Leaving Certificate Examination, 1910
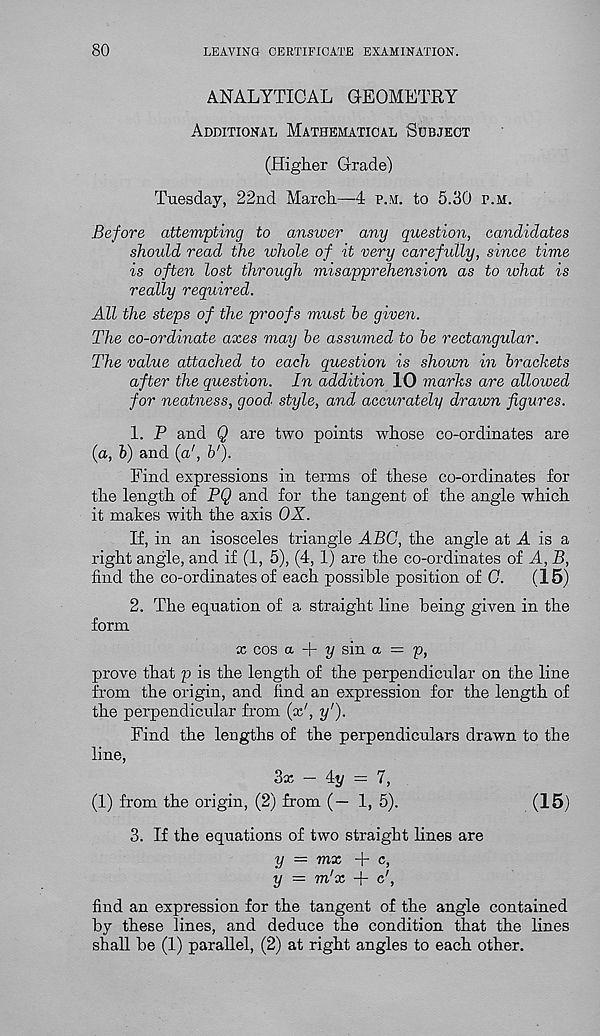
80
LEAVING CERTIFICATE EXAMINATION.
ANALYTICAL GEOMETRY
Additional Mathematical Subject
(Higher Grade)
Tuesday, 22nd March—4 p.m. to 5.30 p.m.
Before attempting to answer any question, candidates
should read the whole of it very carefully, since time
is often lost through misapprehension as to what is
really required.
All the steps of the proofs must be given.
The co-ordinate axes may be assumed to be rectangular.
The value attached to each question is shown in brackets
after the question. In addition 10 marks are allowed
for neatness, good’ style, and accurately drawn figures.
1. P and Q are two points whose co-ordinates are
(a, b) and (a 1 , b 1 ).
Find expressions in terms of these co-ordinates for
the length of PQ and for the tangent of the angle which
it makes with the axis OX.
If, in an isosceles triangle ABC, the angle at A is a
right angle, and if (1, 5), (4, 1) are the co-ordinates of A, B,
find the co-ordinates of each possible position of C.
(15)
2. The equation of a straight line being given in the
form
x cos a
y sin a — p,
prove that p is the length of the perpendicular on the line
from the origin, and find an expression for the length of
the perpendicular from (x', y').
Find the lengths of the perpendiculars drawn to the
line,
3x - 4t/ = 7,
(1) from the origin, (2) from (—1, 5).
(15)
3. If the equations of two straight hues are
y = mx + c,
y = m'x + c',
find an expression for the tangent of the angle contained
by these lines, and deduce the condition that the lines
shall be (1) parallel, (2) at right angles to each other.